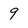
Character: 9